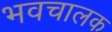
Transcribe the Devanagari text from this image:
भवचालक